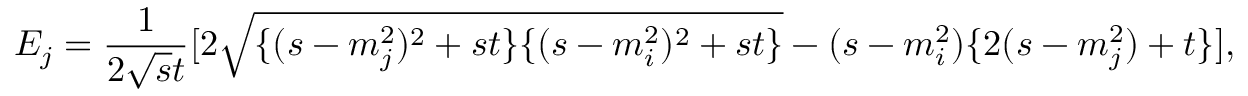
E _ { j } = \frac { 1 } { 2 \sqrt { s } t } [ 2 \sqrt { \{ ( s - m _ { j } ^ { 2 } ) ^ { 2 } + s t \} \{ ( s - m _ { i } ^ { 2 } ) ^ { 2 } + s t \} } - ( s - m _ { i } ^ { 2 } ) \{ 2 ( s - m _ { j } ^ { 2 } ) + t \} ] ,